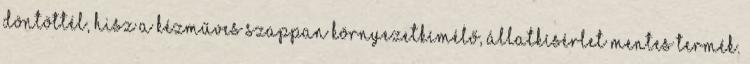
döntöttél, hisz a kézműves szappan környezetkímélő, állatkísérlet mentes termék.